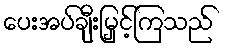
ပေးအပ်ချီးမြှင့်ကြသည်